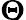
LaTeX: \boldsymbol{\Theta}